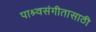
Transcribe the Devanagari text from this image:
पाश्र्वसंगीतासाठी